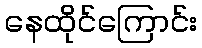
နေထိုင်ကြောင်း